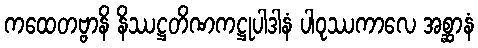
ကထေတဗ္ဗာနိ နိဿဋ္ဌတိဏကဋ္ဌုပါဒါနံ ပါဝုဿကာလေ အစ္ဆာနံ